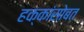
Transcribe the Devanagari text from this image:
हक्कांसोबत